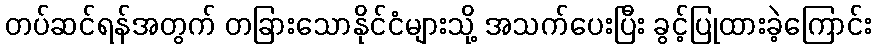
တပ်ဆင်ရန်အတွက် တခြားသောနိုင်ငံများသို့ အသက်ပေးပြီး ခွင့်ပြုထားခဲ့ကြောင်း